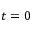
t = 0